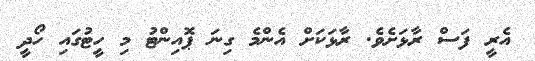
އެރީ ފަސް ރާޅަށެވެ. ރާޅަކަށް އެންމެ ގިނަ ޕޮއިންޓު މި ހީޓުގައި ހޯދީ